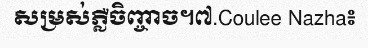
សម្រស់ភ្លឺចិញ្ចាច។៧.Coulee Nazha៖